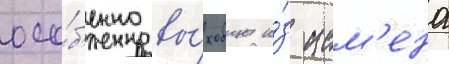
осо́б'енно вы́ходцы и́з ием'ена